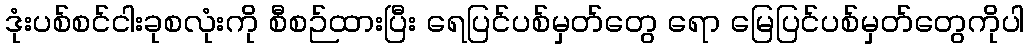
ဒုံးပစ်စင်ငါးခုစလုံးကို စီစဉ်ထားပြီး ရေပြင်ပစ်မှတ်တွေ ရော မြေပြင်ပစ်မှတ်တွေကိုပါ